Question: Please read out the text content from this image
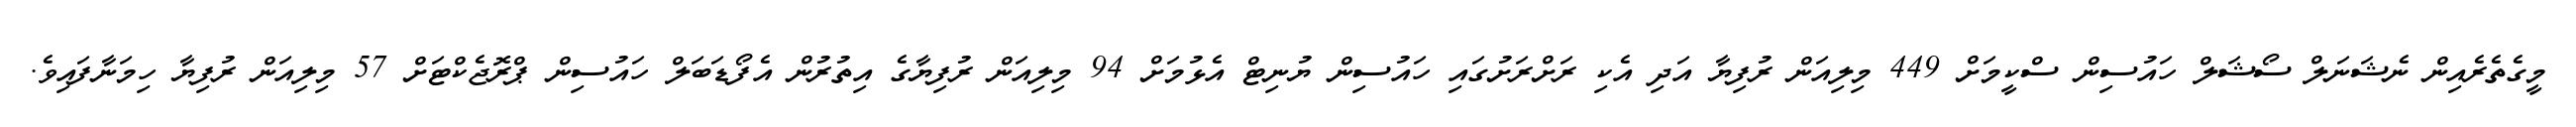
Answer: މީގެތެރެއިން ނެޝަނަލް ސޯޝަލް ހައުސިން ސްކީމަށް 449 މިލިއަން ރުފިޔާ އަދި އެކި ރަށްރަށުގައި ހައުސިން ޔުނިޓް އެޅުމަށް 94 މިލިއަން ރުފިޔާގެ އިތުރުން އެފޯޑަބަލް ހައުސިން ޕްރޮޖެކްޓަށް 57 މިލިއަން ރުފިޔާ ހިމަނާފައިވެ.